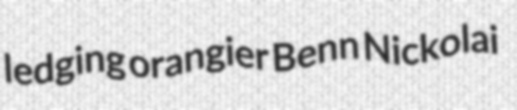
ledging orangier Benn Nickolai